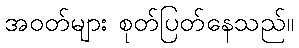
အဝတ်များ စုတ်ပြတ်နေသည်။